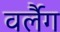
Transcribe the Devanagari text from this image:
वर्लैग